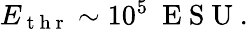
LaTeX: \begin{array}{r}{E_{\mathrm{~t~h~r~}}\sim 10^{5}\ \mathrm{~E~S~U~}.}\end{array}